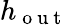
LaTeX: h_{\mathrm{~o~u~t~}}